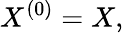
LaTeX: X^{(0)}=X,